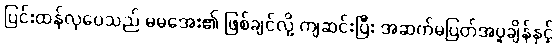
ပြင်းထန်လှပေသည် မမအေး၏ ဖြစ်ချင်လို့ ကျဆင်းပြီး အဆက်မပြတ်အပူချိန်နှင့်